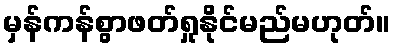
မှန်ကန်စွာဖတ်ရှုနိုင်မည်မဟုတ်။